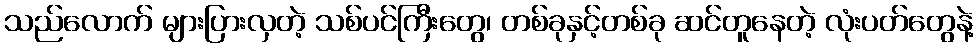
သည်လောက် များပြားလှတဲ့ သစ်ပင်ကြီးတွေ၊ တစ်ခုနှင့်တစ်ခု ဆင်တူနေတဲ့ လုံးပတ်တွေနဲ့